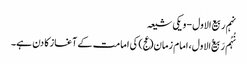
نہم ربیع الاول - ویکی شیعہ
نُہُم رَبیع‌ُالاول، امام زمان(عج) کی امامت کے آغاز کا دن ہے۔